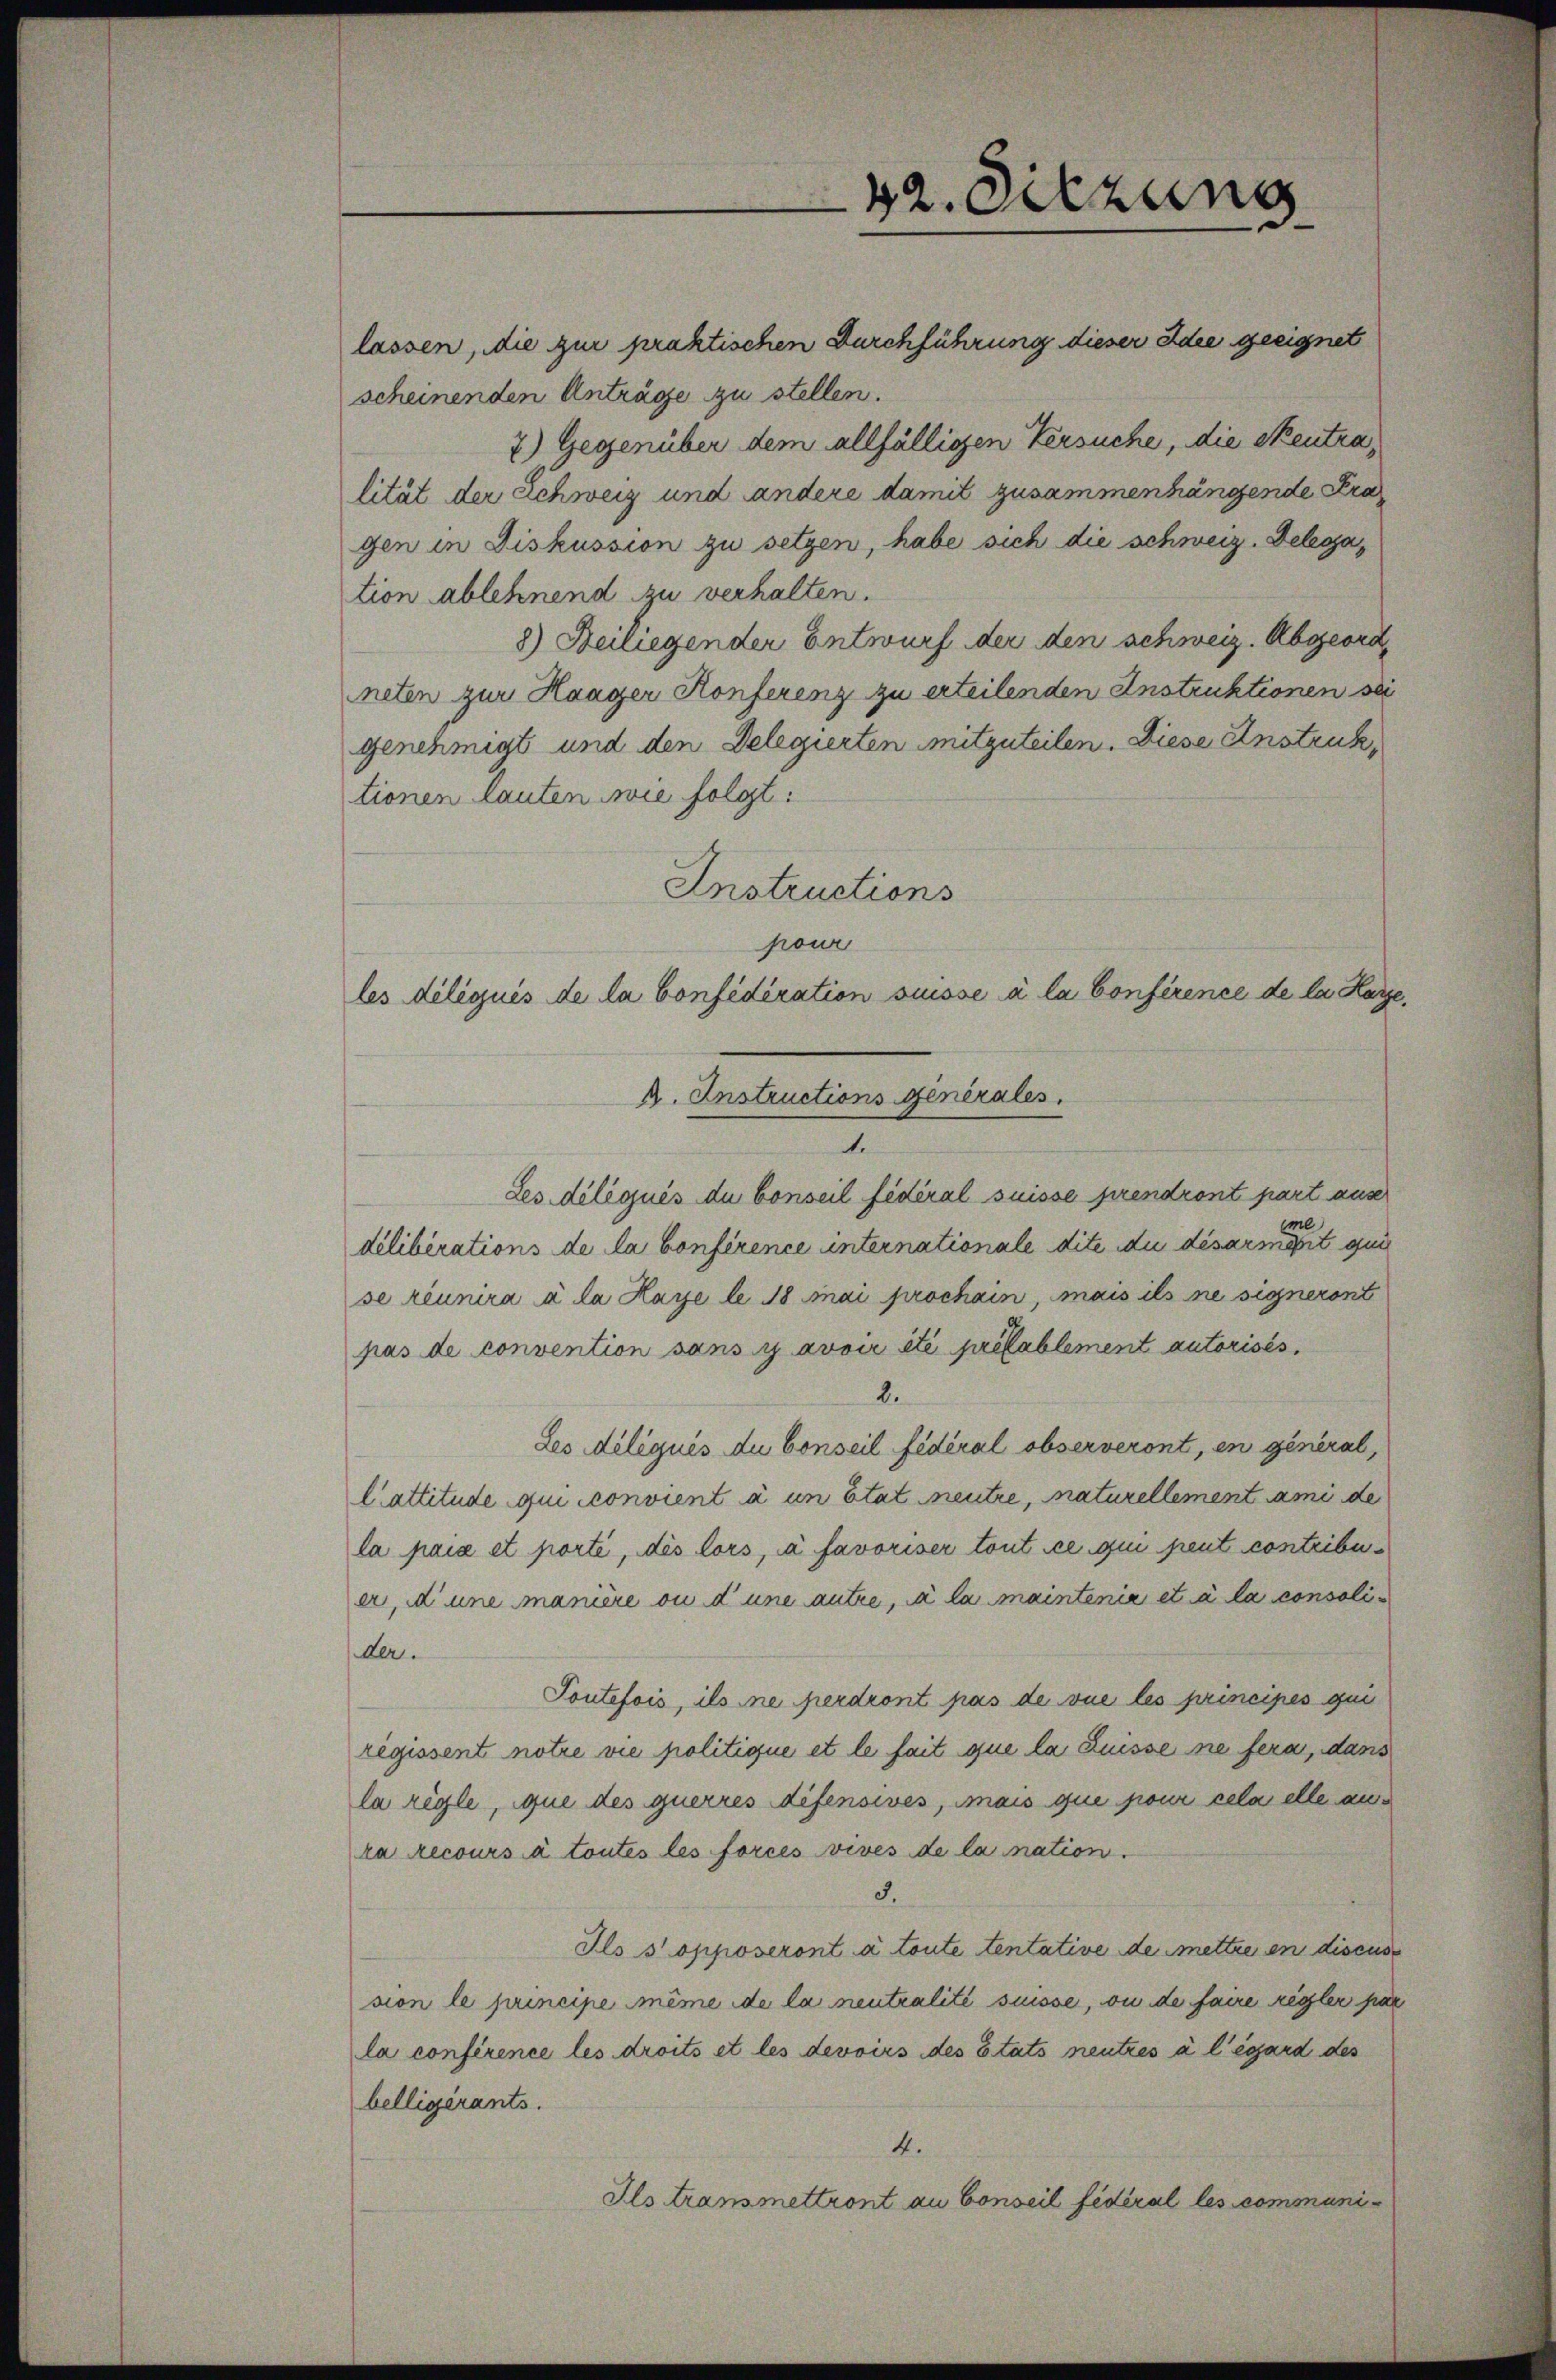
lassen, die zur praktischen Durchführung dieser Idee geeignet
scheinenden Anträge zu stellen.
7) Gegenüber dem allfälligen Versuche, die Seutralität der Schweiz und andere damit zusammenhängende Pragen in Diskussion zu setzen, habe sich die schweiz. Delegation ablehnend zu verhalten.
8) Beiliegender Entwurf der den schweiz. Abgeordneten zur Haager Konferenz zu erteilenden Instruktionen sei
genehmigt und den Delegierten mitzuteilen. Diese Anstruk
tionen lauten wie folgt:
Instructions
pour
1.
Les délégués du Conseil fédéral suisse prendront part aus
me
délibérations de la Conference internationale dite du désarmerit qui
se réunira à la Haye le 18 Mai prochain, mais ils ne signeront
pas de convention sans y avoir été prétablement autorisés.
2.
Les délégués du Conseil fédéral observeront, en general,
lattitude qui convient à un état neutre, naturellementami de
la paix et porte, des lors, a favoriser tout ce qui peut contribuer, d’une manière ou d’une autre, da la maintenia et à la consolider.
Toutefois, als ne perdront pas de vue les principes gei
regissent notre vie politique et le fait que la Suisse sie fera, dans
la règle, que des querres difensives, mais que pour cela elle aus
ka Recours à toutes les forcés vives de la nation.
3.
Ils s opposeront à toute tentative de mettre en discus
sion le principe même de la neutralité suisse, ou de faire régler pa
la conférence les droits et les devoirs des Etats neutres à l’égard des
belligérants.
4.
Ils transmettront au Conseil fédéral les communi¬

les délégués de la Confédération suisse à la Conférence de la Harze
A. Instructions Generales.

42. Sitzung